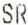
SR